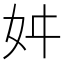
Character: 𭑮